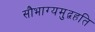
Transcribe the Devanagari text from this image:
सौभाग्यमुद्वहति